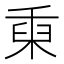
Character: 𥟅